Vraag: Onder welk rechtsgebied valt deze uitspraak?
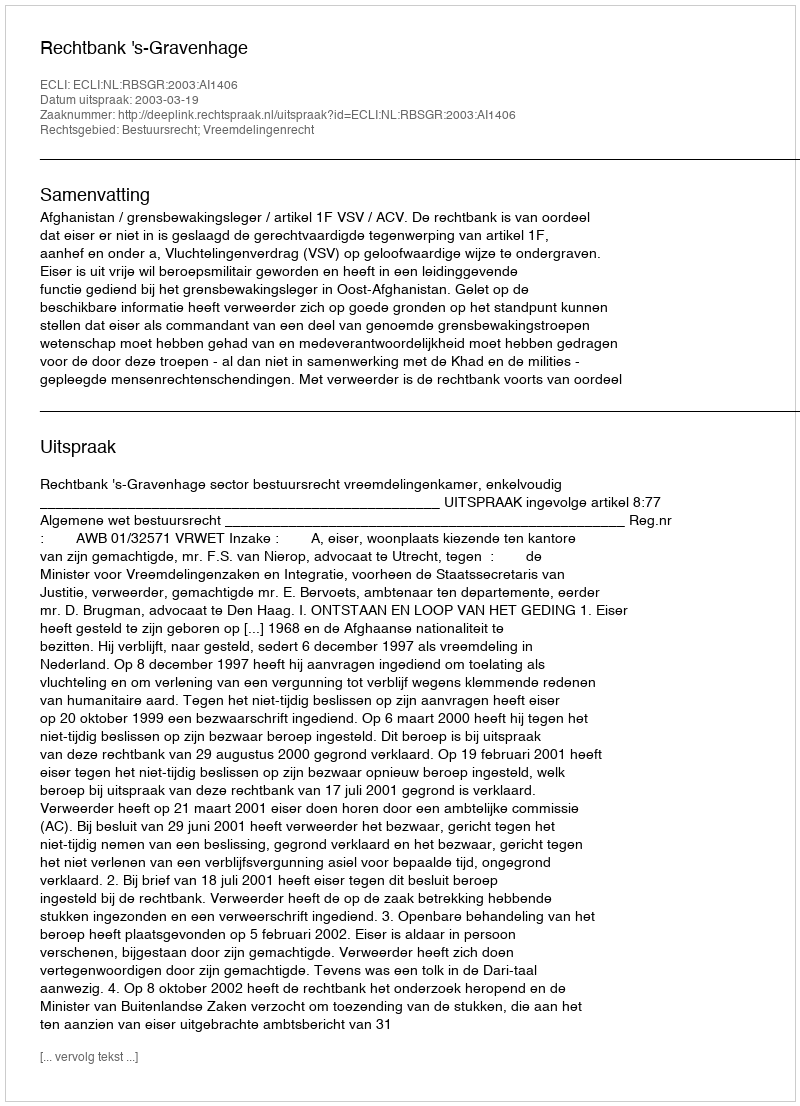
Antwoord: Bestuursrecht; Vreemdelingenrecht